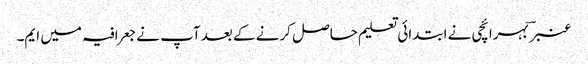
عنبر ؔ بہرائچی نے ابتدائی تعلیم حاصل کرنے کے بعد آپ نے جعرافیہ میں ایم۔